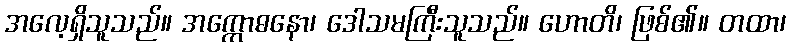
အလေ့ရှိသူသည်။ အက္ကောဓနော၊ ဒေါသမကြီးသူသည်။ ဟောတိ၊ ဖြစ်၏။ တထာ၊